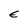
Character: E